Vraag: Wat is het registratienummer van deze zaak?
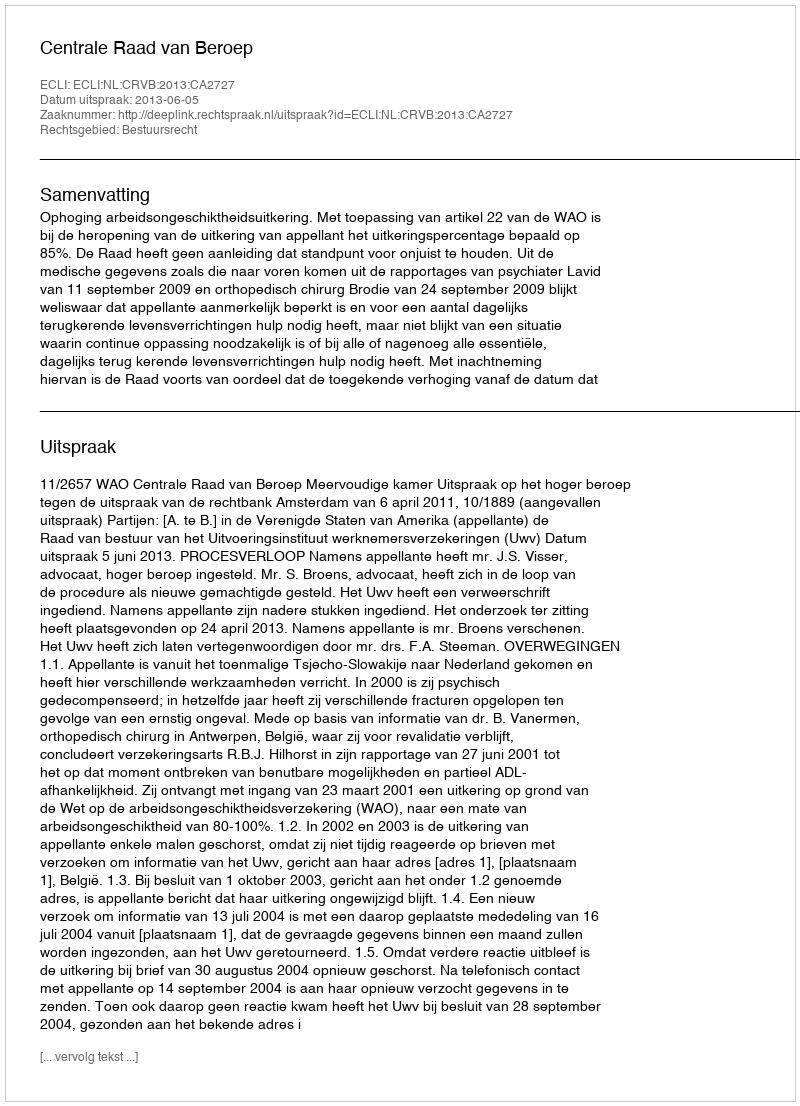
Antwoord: http://deeplink.rechtspraak.nl/uitspraak?id=ECLI:NL:CRVB:2013:CA2727